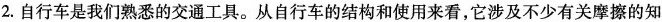
2.自行车是我们熟悉的交通工具。从自行车的结构和使用来看，它涉及不少有关摩擦的知